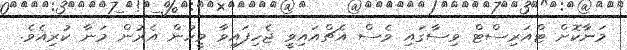
މަނާކޮށް ޓްއަރިސްޓް ވިސާގައި ވެސް އެޗްއައިވީ ޖެހިފައިވާ މީހުން އެރުން މަނާ ކުރިއެވެ.